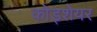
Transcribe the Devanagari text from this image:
कोड्शेयर